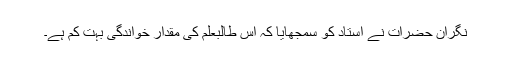
نگران حضرات نے استاد کو سمجھایا کہ اس طالبعلم کی مقدار خواندگی بہت کم ہے۔